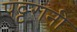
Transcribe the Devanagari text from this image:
पट्टरानी